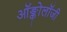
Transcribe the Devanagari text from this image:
ऑङ्कोलॉजी